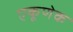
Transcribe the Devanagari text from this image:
एकूणेक